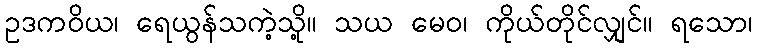
ဥဒကဝိယ၊ ရေယွန်သကဲ့သို့။ သယ မေဝ၊ ကိုယ်တိုင်လျှင်။ ရသော၊